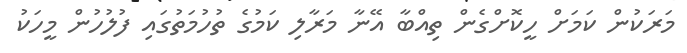
މަރަކުން ކަމަށް ހީކޮށްގެން ތިއްބާ އޭނާ މަރާލި ކަމުގެ ތުހުމަތުގައި ފުލުހުން މީހަކު